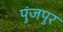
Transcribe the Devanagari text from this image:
पुंजपुर